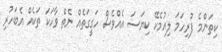
ކިތަންމެ ފުރިހަމަ ލިއުމެކޭ ކިޔަސަ އެއްވެސް ހަގީގަތެއް ނެތް ވާހަކަ ތަކެއް އެބަހުރި